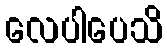
လေပါပေသိ